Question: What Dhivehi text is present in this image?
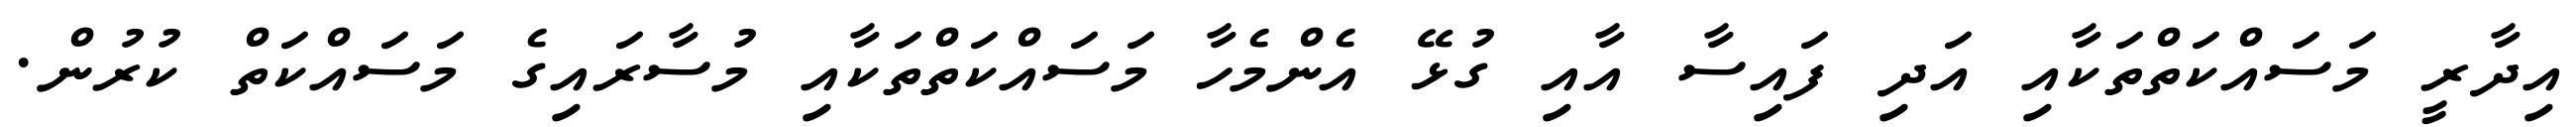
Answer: އިދާރީ މަސައްކަތްތަކާއި އަދި ފައިސާ އާއި ގުޅޭ އެންމެހާ މަސައްކަތްތަކާއި މުސާރައިގެ މަސައްކަތް ކުރުން.